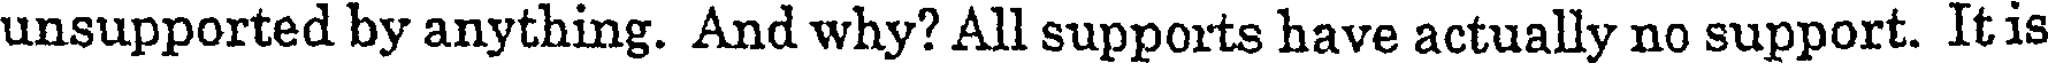
unsupported by anything. And why? All supports have actually no support. It is